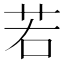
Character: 若